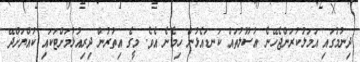
ދިނުމުގައި އަމަލުކުރަންޖެހޭނެ އުސޫލުތައް ކަނޑައެޅުން ހިމެނެ އެވެ. މީގެ އިތުރުން ދިރިއުޅުމަށްޓަކައި ކުއްޔަށްދޭ